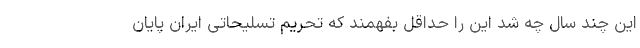
این چند سال چه شد این را حداقل بفهمند که تحریم تسلیحاتی ایران پایان